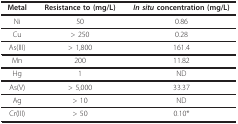
<table><thead><tr><td><b>Metal</b></td><td><b>Resistance to (mg/L)</b></td><td><b><i>In situ </i>concentration (mg/L)</b></td></tr></thead><tbody><tr><td>Ni</td><td>50</td><td>0.86</td></tr><tr><td>Cu</td><td>&gt; 250</td><td>0.28</td></tr><tr><td>As(III)</td><td>&gt; 1,800</td><td>161.4</td></tr><tr><td>Mn</td><td>200</td><td>11.82</td></tr><tr><td>Hg</td><td>1</td><td>ND</td></tr><tr><td>As(V)</td><td>&gt; 5,000</td><td>33.37</td></tr><tr><td>Ag</td><td>&gt; 10</td><td>ND</td></tr><tr><td>Cr(III)</td><td>&gt; 50</td><td>0.10*</td></tr></tbody></table>